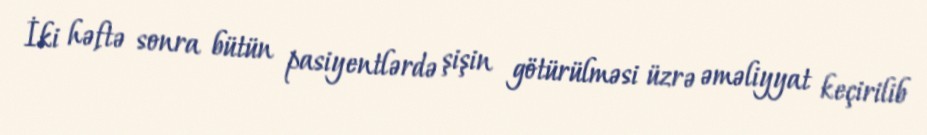
İki həftə sonra bütün pasiyentlərdə şişin götürülməsi üzrə əməliyyat keçirilib